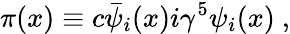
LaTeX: \pi(x)\equiv c\bar{\psi}_{i}(x)i\gamma^{5}\psi_{i}(x)~,